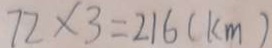
7 2 \times 3 = 2 1 6 ( k m )